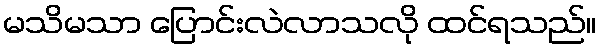
မသိမသာ ပြောင်းလဲလာသလို ထင်ရသည်။